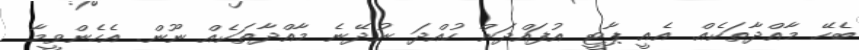
ބެހޭ މާއްދާތަކެއް. އެއީ ޕާޓީ އުފައްދަން ހުއްދަ ނުދޭނެ މާއްދާތަކެއް ނޫން. އެހެންވީމާ